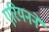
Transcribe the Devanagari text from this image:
एरियनने